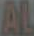
AL